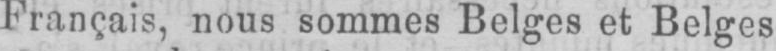
Français, nous sommes Belges et Belges